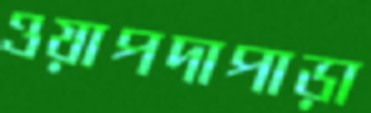
ওয়াপদাপাড়া